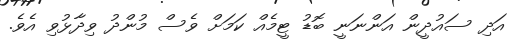
އަދި ސައުދީން އަންނަނީ ބޮޑު ޓީމެއް ކަމަށް ވެސް މުންދު ވިދާޅުވި އެވެ.